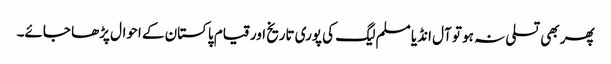
پھر بھی تسلی نہ ہو تو آل انڈیا مسلم لیگ کی پوری تاریخ اور قیام پاکستان کے احوال پڑھا جائے۔